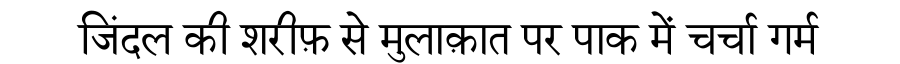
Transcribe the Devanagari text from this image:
जिंदल की शरीफ़ से मुलाक़ात पर पाक में चर्चा गर्म